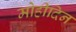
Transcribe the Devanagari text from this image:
मोहीदिन